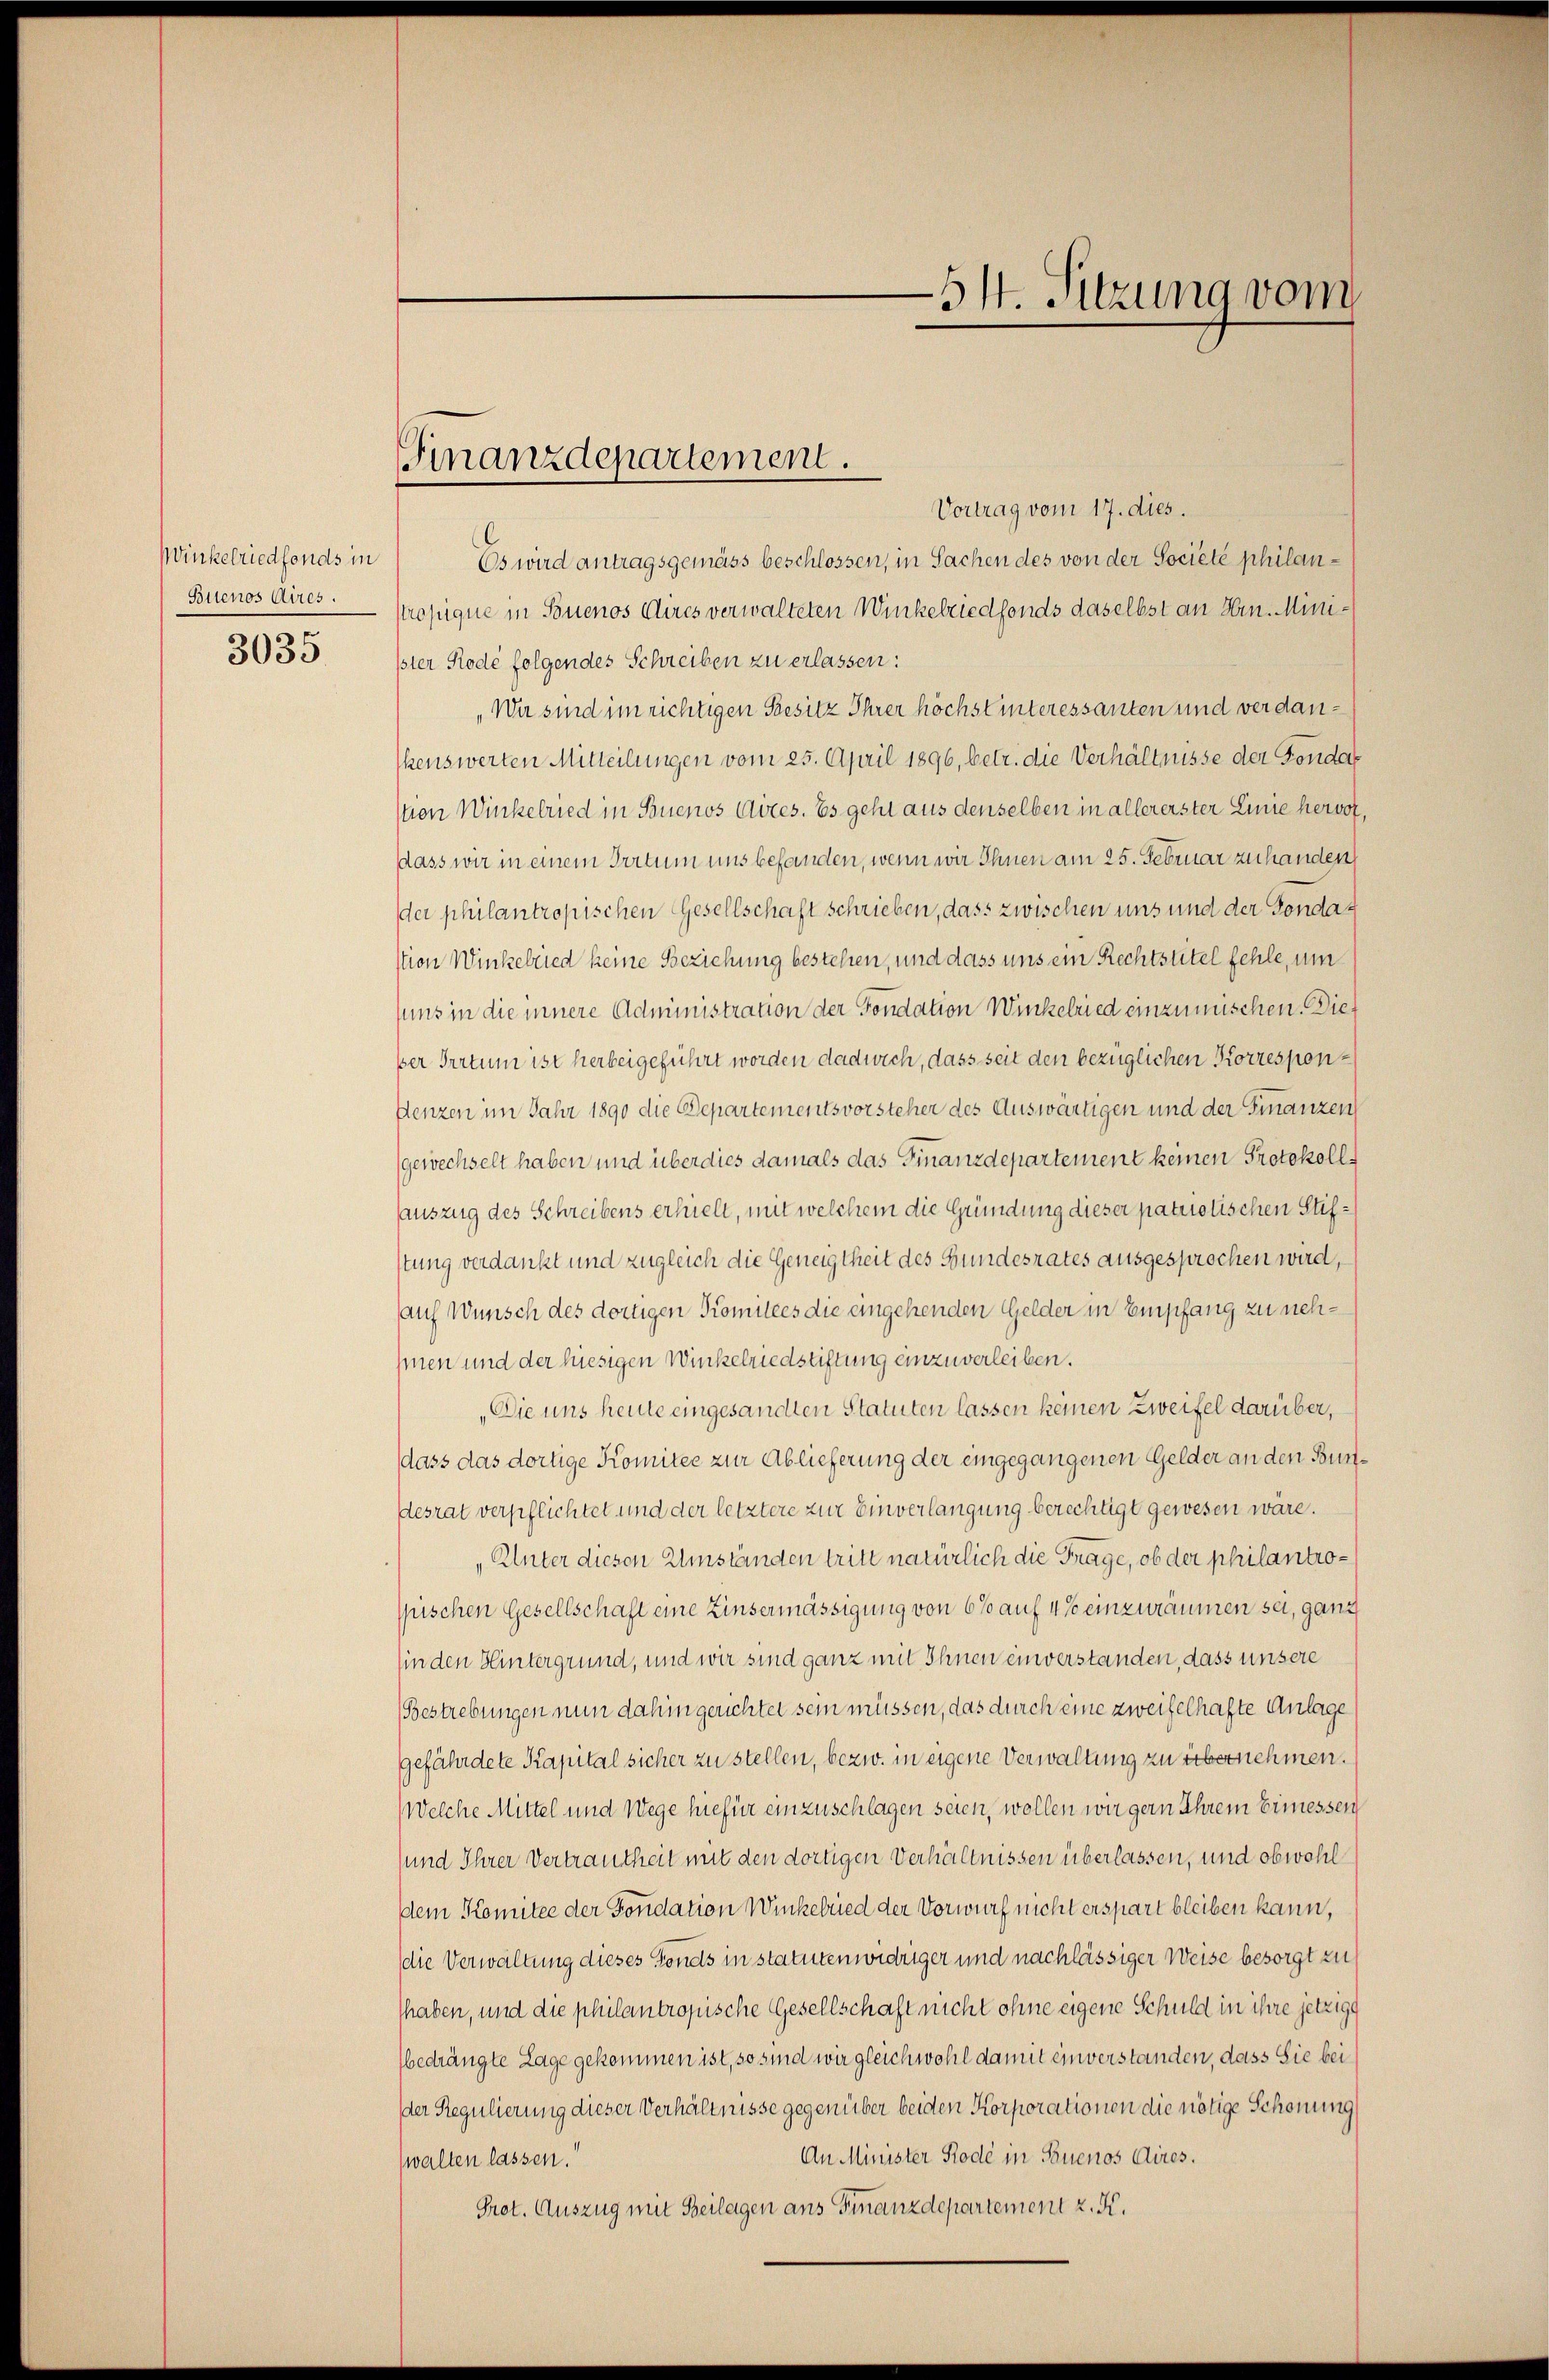
Winkelriedfonds in
Bitenos Aires.

3035

Vortrag vom 17. dies.
Es wird antragsgemäss beschlossen, in Sachen des von der Societe philan¬
Prosque in Souenos Aires verwalteten Winkelriedfonds daselbst an Hrn. Minißter Rode folgendes Schreiben zu erlassen:
Wir sind im richtigen Besitz Ihrer höchst interessanten und verdankenswerten Mitteilungen vom 25. April 1896, betr. die Verhältnisse der Fondat
(von Winkelried in Buenos Aires. Es geht aus denselben in allererster Linie hervor,
dass wir in einem Irrtum uns befanden, wenn wir Ihnen am 25. Februar zu handen
der philantropischen Gesellschaft schrieben, dass zwischen uns und der Fondastion Winkelried keine Beziehung bestehen, und dass uns ein Rechtstitel fehle, um
uns in die innere Administration der Fondation Winkelried einzumischen. Die
per Irrtum ist herbeigeführt worden dadwich, dass seit den bezüglichen Korrespon¬
Denzen im Jahr 1890 die Departementsvorsteher des Auswärtigen und der Finanzen
gewechselt haben und über dies damals das Finanzdepartement keinen Protokollsauszug des Schreibens erhielt, mit welchem die Gründung dieser patuotischen Stifstung verdankt und zugleich die Geneigtheit des Gundesrates ausgesprochen wird,
auf Wunsch des dortigen Komitees die eingehenden Gelder in Empfang zu nehhen und der hiesigen Winkelriedstiftung einzuverleiben.
„Die uns heute eingesandten Statuten lassen keinen Zweifel darüber,
dass das dortige Komitee zur Ablieferung der eingegangenen Gelder an den Bundesrat verpflichtet und der letztere zur Einverlangung berechtigt gewesen wäre.
Unter diesen Umständen tritt natürlich die Frage, ob der philantrospischen Gesellschaft eine Zinsermässigung von 6% auf 4 % einzuräumen sei, ganz
(in den Hintergrund, und wir sind ganz mit Ihnen einverstanden, dass unsere
Bestrebungen nun dahin gerichtet sein müssen, das durch eine zweifelhafte Anlage
gefährdete Kapital sicher zu stellen, bezw. in eigene Verwaltung zu übernehmen.
Welche Mittel und Wege hiefür einzuschlagen seien, wollen wir gern Ihrem Ermessen
und Ihrer Vertrautheit mit den dortigen Verhältnissen überlassen, und obwohl
dem Komitee der Fondation Winkelried der Vorwurf nicht erspart bleiben kann,
die Verwaltung dieses Fonds in statutenwidriger und nachlässiger Weise besorgt zu
shaben, und die philantropische Gesellschaft nicht ohne eigene Schuld in ihre jetzige
bedrängte Lage gekommen ist, so sind wir gleichwohl damit einverstanden, dass Sie bei
der Regulierung dieser Verhältnisse gegenüber beiden Korporationen die nötige Schonung
An Minister Rode in Buenos Aires.
walten lassen.
Prot. Auszug mit Beilagen ans Finanzdepartement z. K.

Finanzdepartement.

—54. Sitzung vom